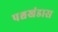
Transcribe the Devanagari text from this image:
पश्चखंडास